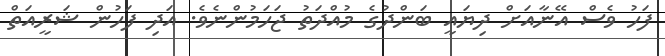
ފަހު ވެސް އޭނާއަށް ދިޔައީ ބަންދުގެ މުއްދަތު ޖަހަމުންނެވެ. އަދި ފަހުން ޝަރީއަތް